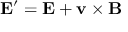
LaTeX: \mathbf { E } ^ { \prime } = \mathbf { E } + \mathbf { v } \times \mathbf { B }